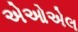
એઓએલ